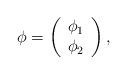
LaTeX: \begin{align*}\phi =\left(\begin{array}{c}\phi _1 \\\phi _2 \\\end{array}\right),\end{align*}